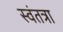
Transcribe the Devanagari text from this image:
स्वंतत्रा